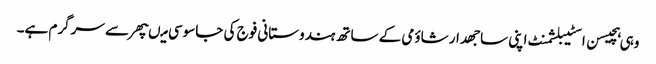
وہی ہچیسن اسٹیبلشمنٹ اپنی ساجھدار شاؤمی کے ساتھ ہندوستانی فوج کی جاسوسی میںپھر سے سرگرم ہے۔